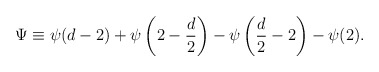
\begin{align*}\Psi \equiv \psi(d-2)+ \psi\left(2- {d \over 2}\right)- \psi\left({d \over 2}-2\right)-\psi(2).\end{align*}